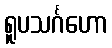
ရူပသင်္ဂဟော